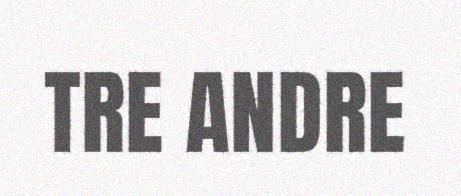
TRE ANDRE